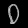
Digit: ၀